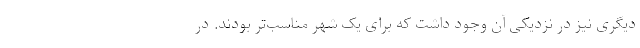
دیگری نیز در نزدیکی آن وجود داشت که برای یک شهر مناسب‌تر بودند. در